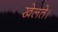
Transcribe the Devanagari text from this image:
खेलते।